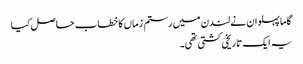
گاما پہلوان نے لندن میں رستم زماں کا خطاب حاصل کیا
یہ ایک تاریخی کشتی تھی۔